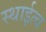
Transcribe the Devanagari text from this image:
स्थाईत्व